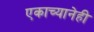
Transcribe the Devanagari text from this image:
एकाच्यानेही